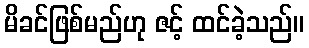
မိခင်ဖြစ်မည်ဟု ဇင့် ထင်ခဲ့သည်။